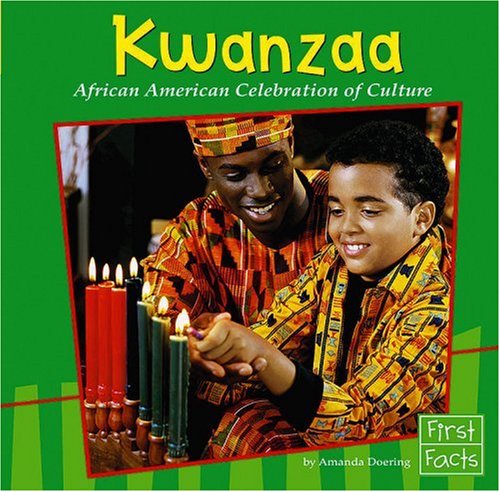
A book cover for Kwanzaa: African American Celebration of Culture (Holidays and Culture); Amanda Doering; Children's Books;